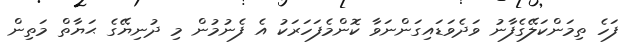
ފަހެ ތިމަންކަލޭގެފާނު ވަދެވަޑައިގަންނަވާ ކޮންމެފަހަރަކު އެ ފެނުމުން މި ދުނިޔޭގެ ޙަޔާތް މަތިން